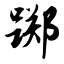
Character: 踯